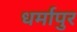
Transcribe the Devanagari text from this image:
धर्मापुर